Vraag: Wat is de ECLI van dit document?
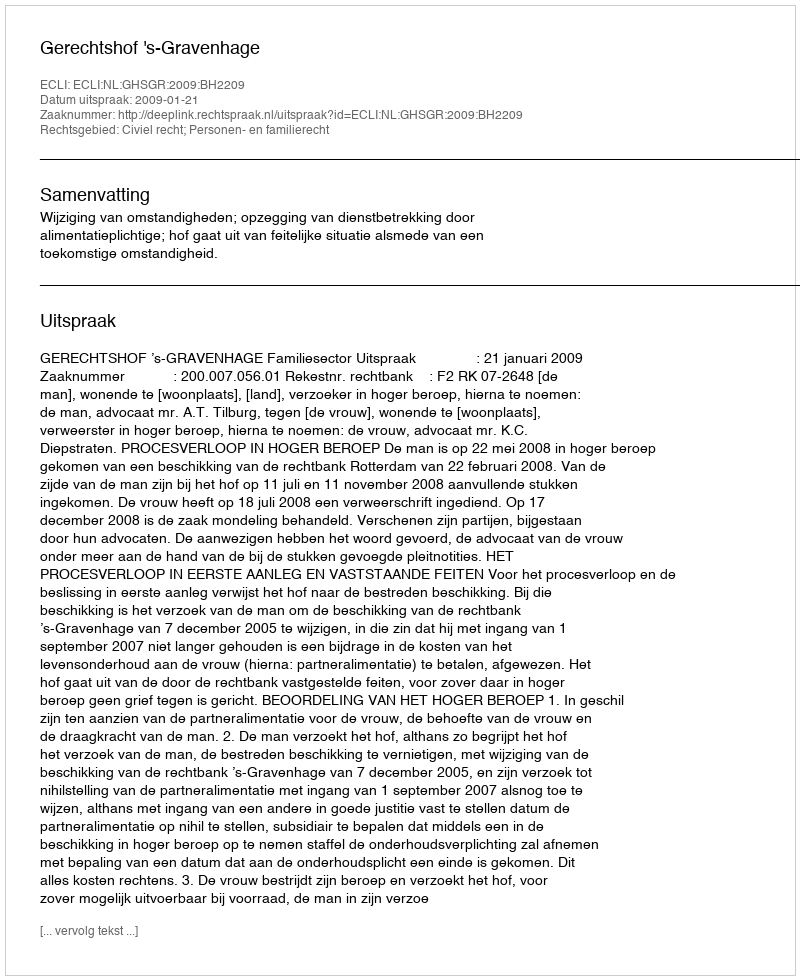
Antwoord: ECLI:NL:GHSGR:2009:BH2209